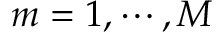
m = 1 , \cdots , M